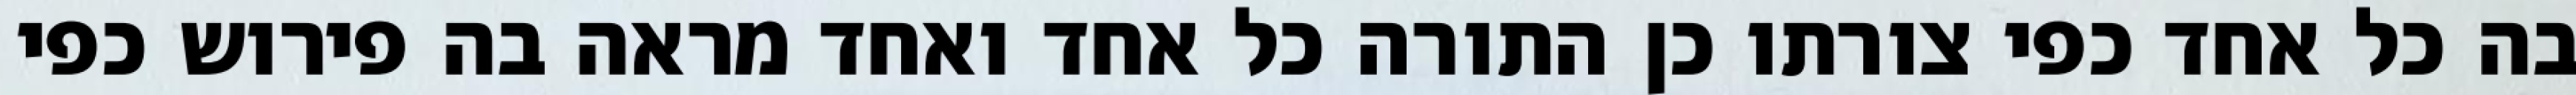
בה כל אחד כפי צורתו כן התורה כל אחד ואחד מראה בה פירוש כפי